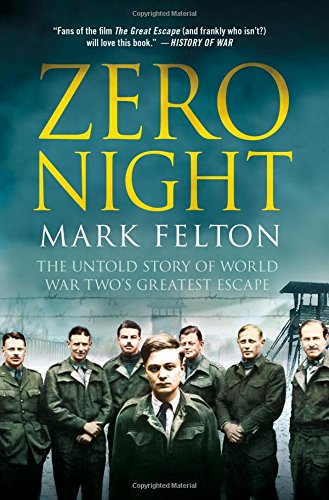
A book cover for Zero Night: The Untold Story of World War Two's Greatest Escape; Mark Felton; History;